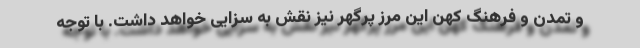
و تمدن و فرهنگ کهن این مرز پرگهر نیز نقش به سزایی خواهد داشت. با توجه